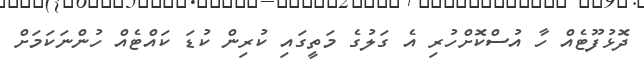
ދޮޅުފޫޓެއް ހާ އުސްކޮށްހުރި އެ ގަލުގެ މަތީގައި ކުރިން ކުޑަ ކައްޓެއް ހުންނަކަމަށް